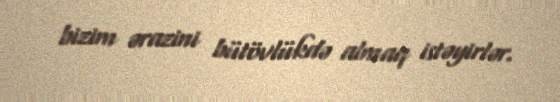
bizim ərazini bütövlükdə almaq istəyirlər.